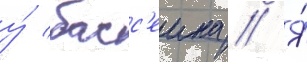
у́ басс'еина // Я́